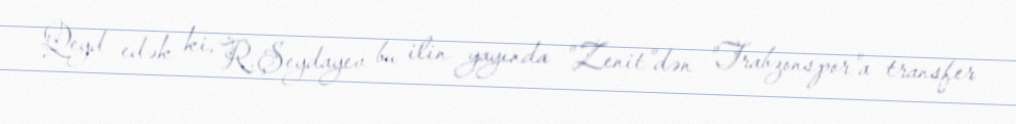
Qeyd edək ki, R.Şeydayev bu ilin yayında "Zenit"dən "Trabzonspor"a transfer